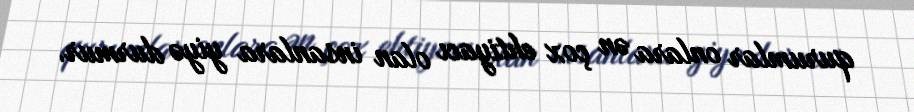
qurumlar onlara ən çox ehtiyacı olan insanlara yiyə durmur.